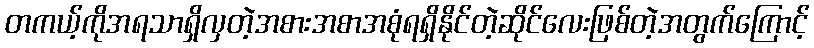
တကယ့်ကိုအရသာရှိလှတဲ့အစားအစာအစုံရရှိနိုင်တဲ့ဆိုင်လေးဖြစ်တဲ့အတွက်ကြောင့်